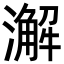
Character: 澥